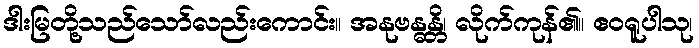
ဒါးမြတို့သည်သော်လည်းကောင်း။ အနုဗန္ဓန္တိ၊ လိုက်ကုန်၏။ ဧဝရူပါသု၊